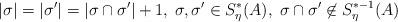
LaTeX: \begin{align*} |\sigma|=|\sigma'|=|\sigma \cap \sigma'|+1,\; \sigma, \sigma' \in S_\eta^*(A), \; \sigma \cap \sigma' \not\in S_\eta^{*-1}(A)\end{align*}